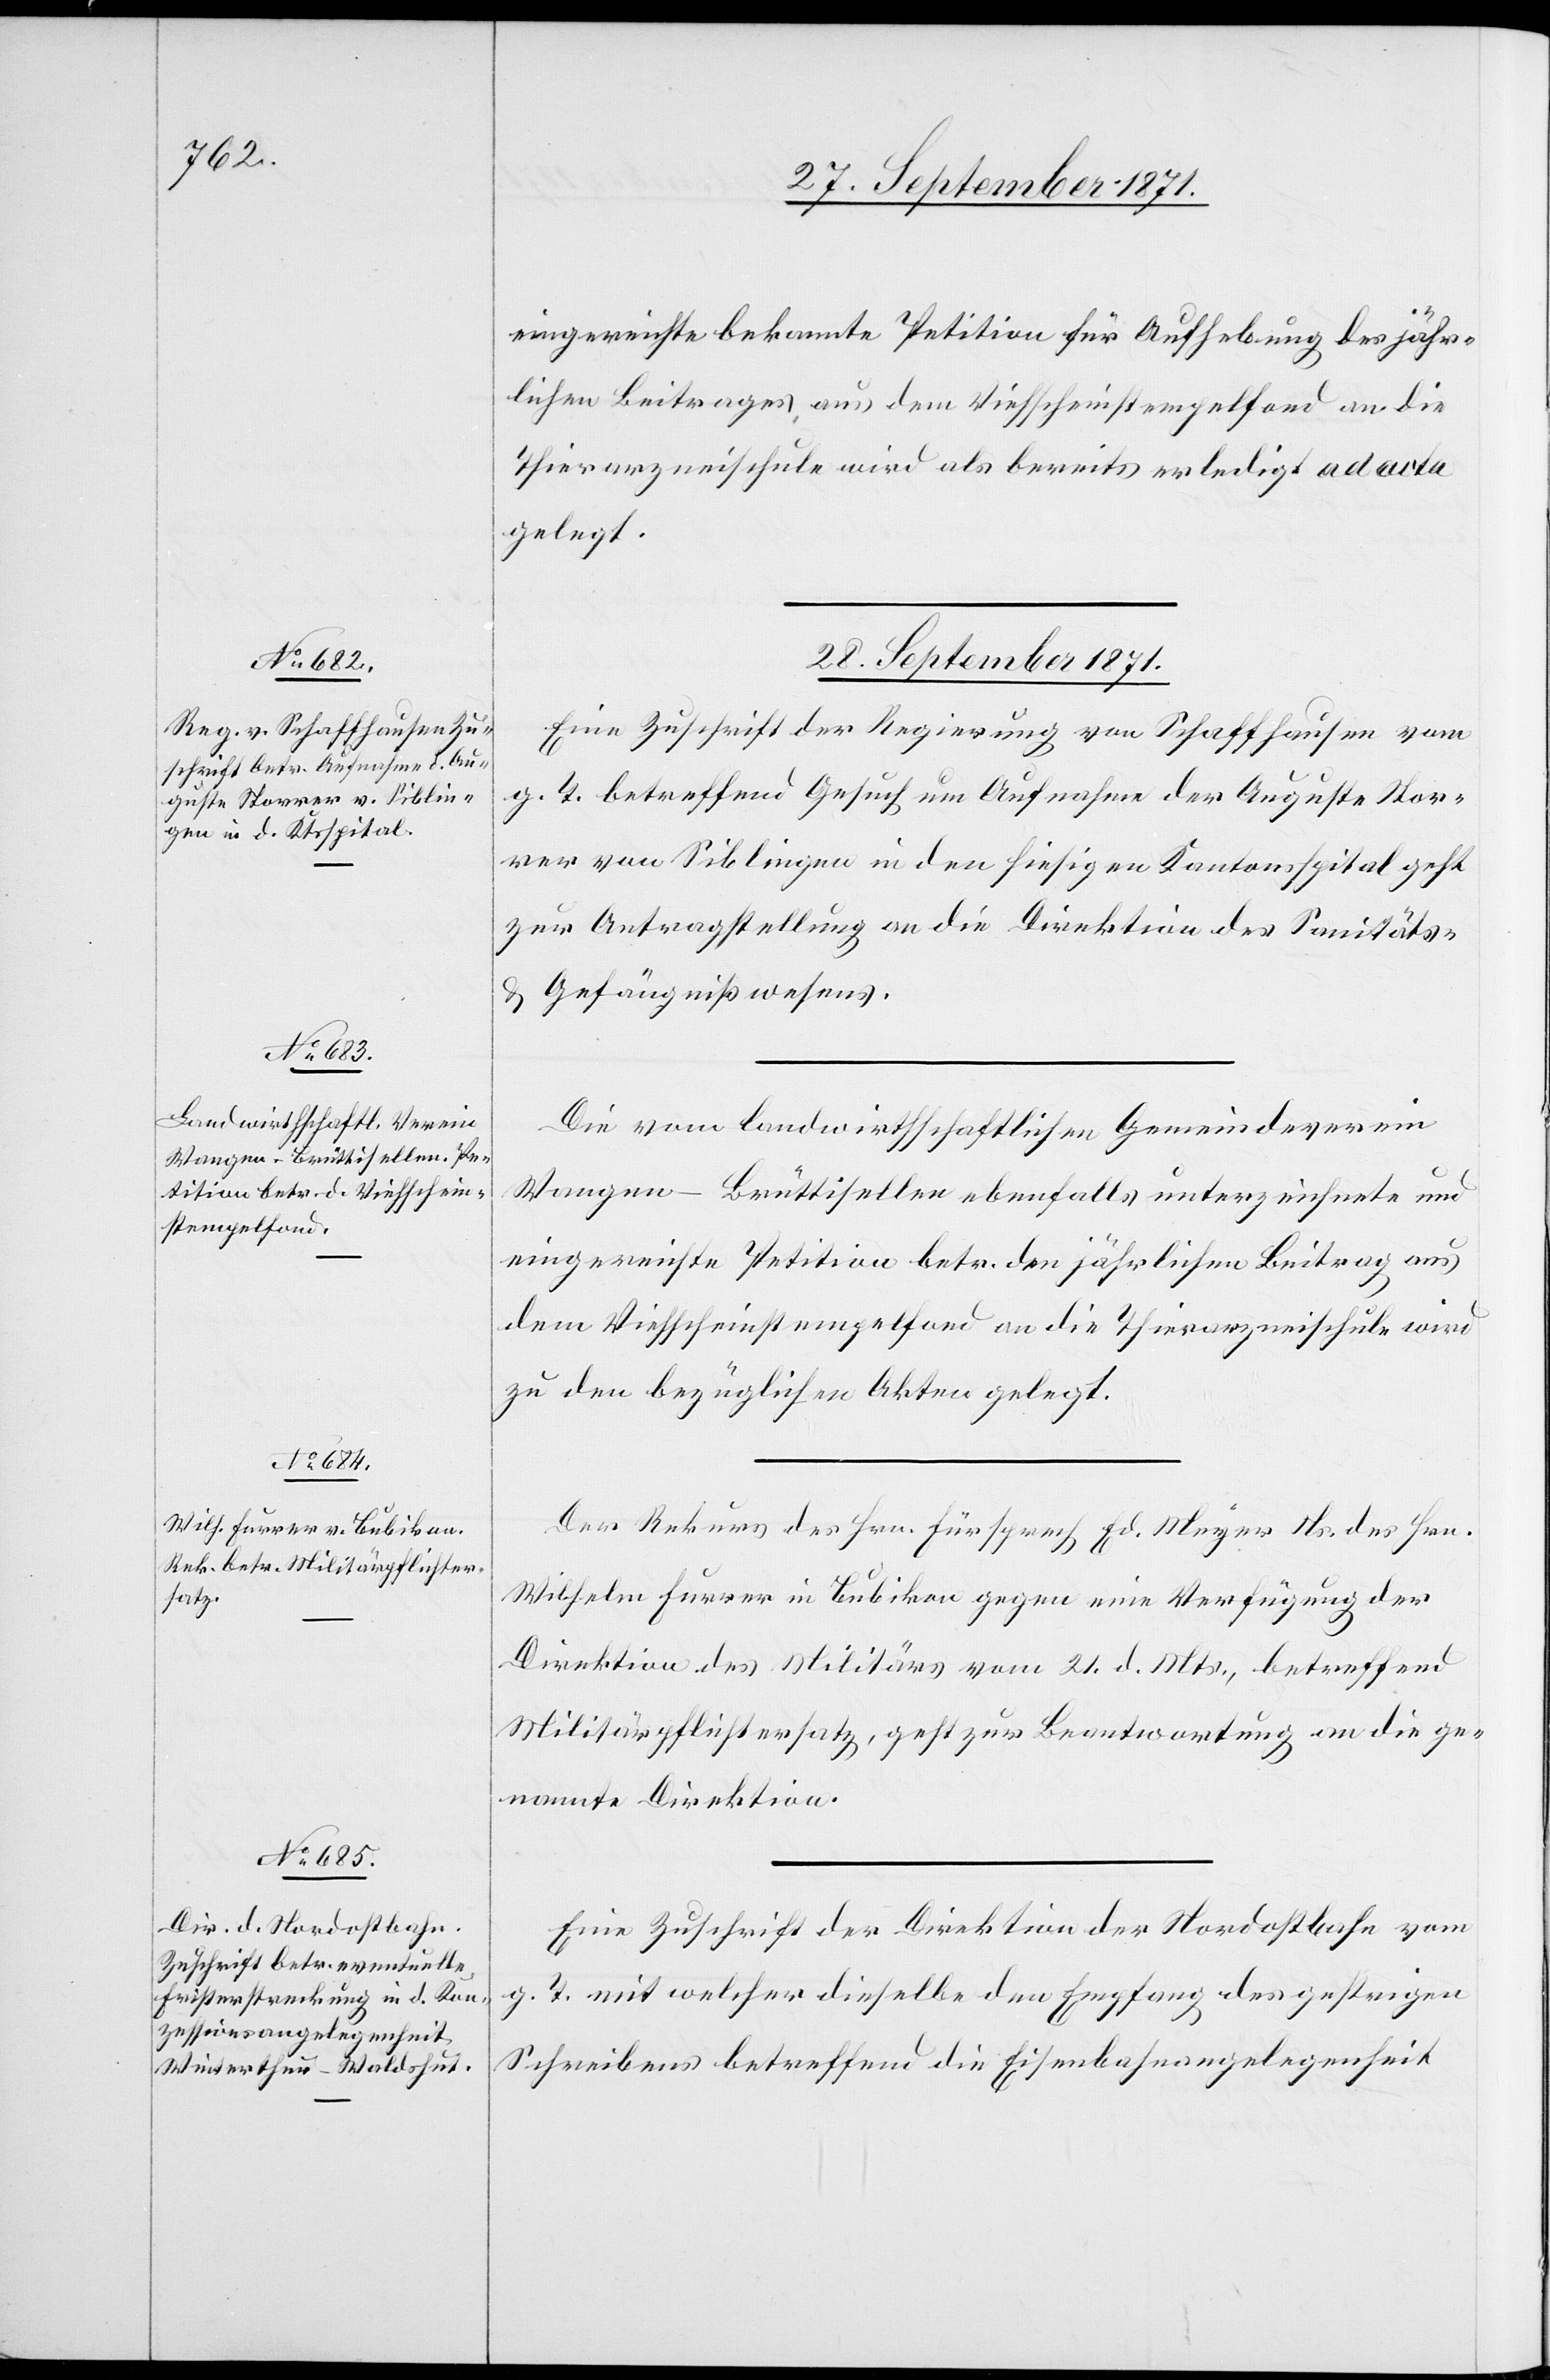
eingereichte bekannte Petition für Aufhebung des jähr¬
lichen Beitrages aus dem Viehscheinstempelfond an die
Thierarzneischule wird als bereits erledigt ad acta
gelegt.
28. September 1871.]
Eine Zuschrift der Regierung von Schaffhausen vom
g. T. betreffend Gesuch um Aufnahme der Auguste Stor¬
rer von Siblingen in den hiesigen Kantonsspital geht
zur Antragstellung an die Direktion des Sanitäts-
& Gefängnißwesens.
Die vom landwirthschaftlichen Gemeindeverein
Wangen–Brüttisellen ebenfalls unterzeichnete und
eingereichte Petition betr. den jährlichen Beitrag aus
dem Viehscheinstempelfond an die Thierarzneischule wird
zu den bezüglichen Akten gelegt.
Der Rekurs des Hrn. Fürsprech Ed. Meyer Ns. des Hrn.
Wilhelm Furrer in Bubikon gegen eine Verfügung der
Direktion des Militärs vom 21. d. Mts., betreffend
Militärpflichtersatz, geht zur Beantwortung an die ge¬
nannte Direktion.
Eine Zuschrift der Direktion der Nordostbahn vom
g.
T. mit welcher dieselbe den Empfang des gestrigen
Schreibens betreffend die Eisenbahnangelegenheit